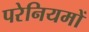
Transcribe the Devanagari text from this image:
परेनियमों